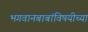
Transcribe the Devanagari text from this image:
भगवानबाबांविषयीच्या